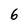
Character: 6